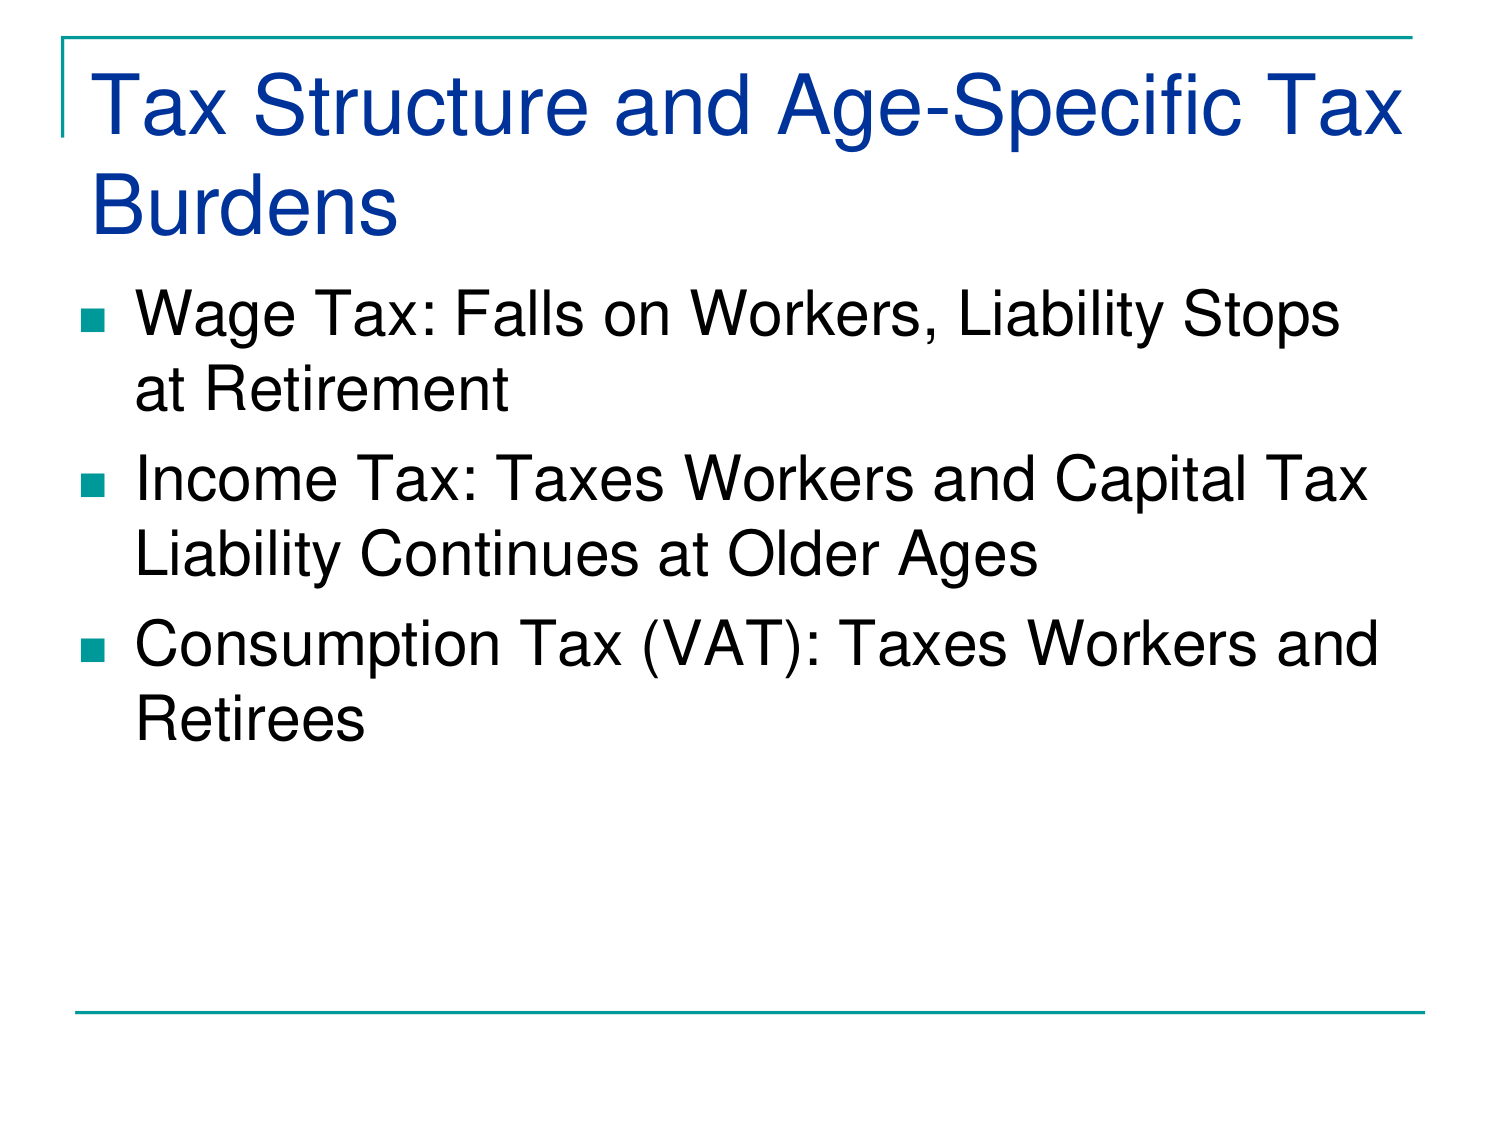
Tax Structure and Age-Specific Tax Burdens
■ Wage Tax: Falls on Workers, Liability Stops at Retirement
■ Income Tax: Taxes Workers and Capital Tax Liability Continues at Older Ages
■ Consumption Tax (VAT): Taxes Workers and Retirees